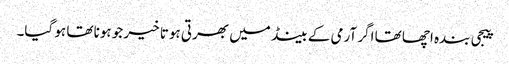
پیجی بندہ اچھا تھا اگر آرمی کے بینڈ میں بھرتی ہوتا خیر جو ہونا تھا ہو گیا۔